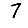
Digit: 7